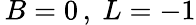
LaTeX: \, B=0\, ,~L=-1